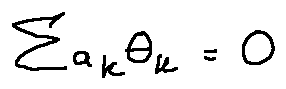
\sum a _ { k } \theta _ { k } = 0